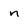
Character: n